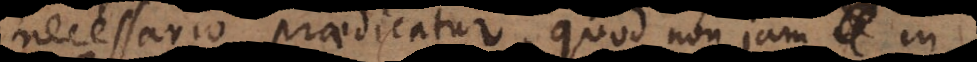
necessario praedicatur, quod non jam in